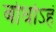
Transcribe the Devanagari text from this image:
बोधोऽहं